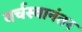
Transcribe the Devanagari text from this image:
वर्चस्वानंतर